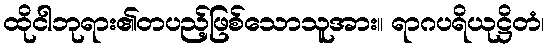
ထိုငါဘုရား၏တပည့်ဖြစ်သောသူအား။ ရာဂပရိယုဋ္ဌိတံ၊